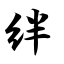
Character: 绊